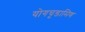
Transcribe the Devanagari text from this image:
योगचूडामिण